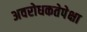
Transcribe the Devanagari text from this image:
अवरोधकतेपेक्षा